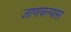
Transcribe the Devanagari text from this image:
जाणवल्यास